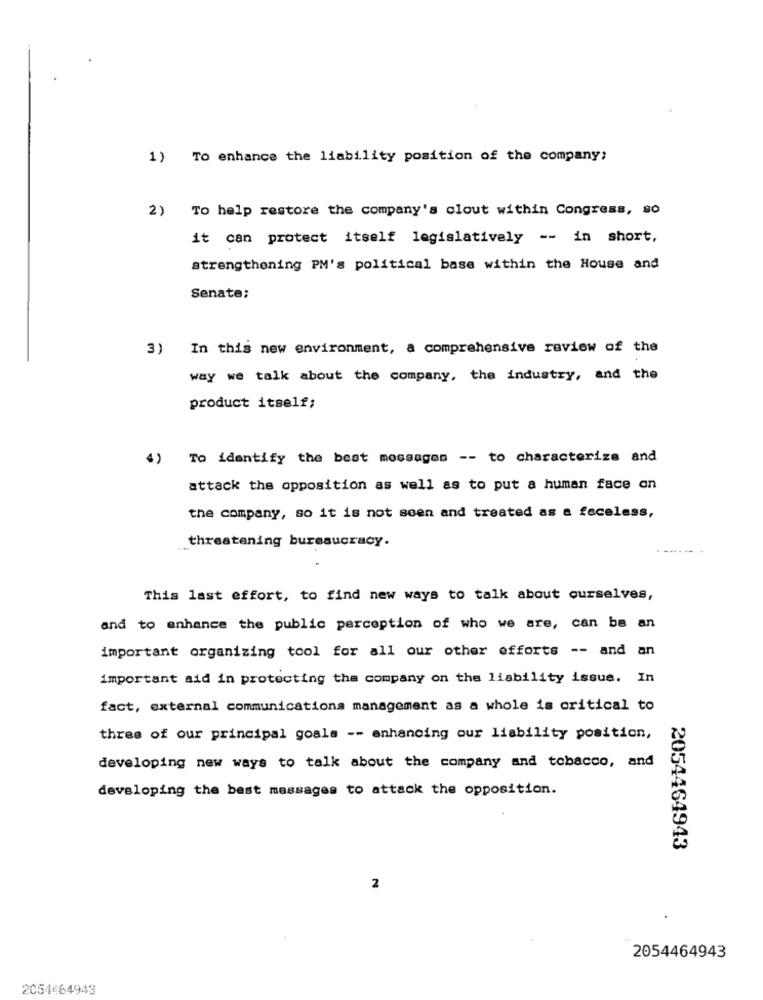
1) To enhance the liability position of the company;
2) To help restore the company's clout within Congress, so
it can protect itself legislatively -- in short,
strengthening PM's political base within the House and
Senate;
3) In this new environment, a comprehensive review of the
way we talk about the company, the industry, and the
product itself;
4) To identify the best messages -- to characterize and
attack the opposition as well as to put a human face an
the company, so it is not seen and treated as a faceless,
threatening bureaucracy.
This last effort, to find new ways to talk about ourselves,
and to enhance the public perception of who we are, can be an
important organizing tool for all our other efforts -- and an
important aid in protecting the company on the liability issue. In
fact, external communications management as a whole is critical to
three of our principal goals -- enhancing our liability position,
developing new ways to talk about the company and tobacco, and
developing the best massages to attack the opposition.
2054464943
2
2054464943
2054464949